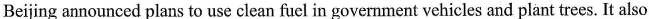
Beijing announced plans to use clean fuel in government vehicles and plant trees. It also